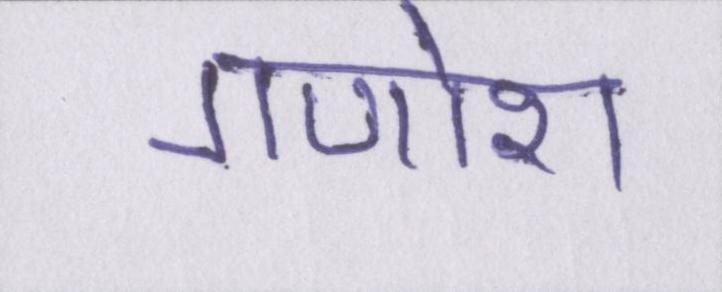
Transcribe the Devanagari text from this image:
गणोश